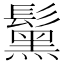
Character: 𩯗